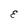
Character: E